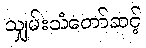
သျှမ်းသံတော်ဆင့်